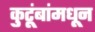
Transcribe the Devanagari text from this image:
कुटूंबांमधून